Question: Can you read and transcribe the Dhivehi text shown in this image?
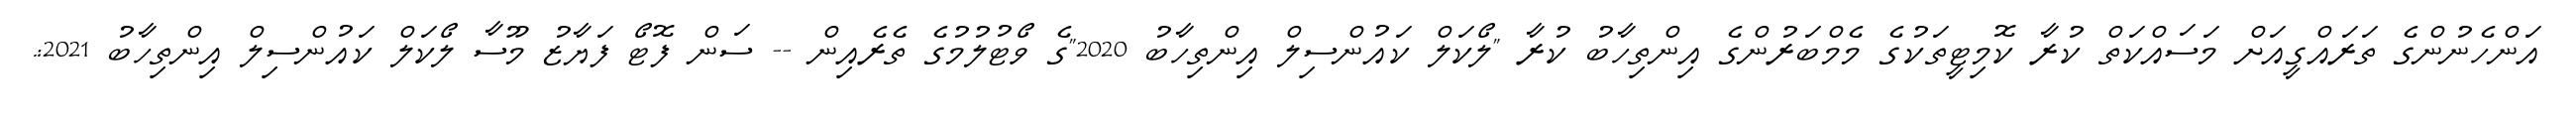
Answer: އަންހެނުންގެ ތަރައްގީއަށް މަސައްކަތް ކުރާ ކޮމިޓީތަކުގެ މެމްބަރުންގެ އިންތިހާބު ކުރާ "ލޯކަލް ކައުންސިލް އިންތިހާބު 2020"ގެ ވޯޓުލުމުގެ ތެރެއިން -- ސަން ފޮޓޯ ފަޔާޒު މޫސާ ލޯކަލް ކައުންސިލް އިންތިހާބު 2021:.